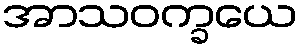
အာသဝက္ခယေ